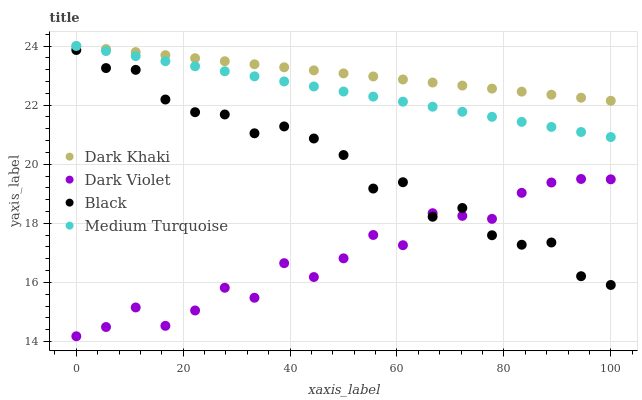
| xaxis_label | Dark Khaki | Dark Violet | Black | Medium Turquoise |
 | --- | --- | --- | --- | --- |
 | 0 | 24 | 14.2 | 23.9 | 24 |
 | 5.56 | 23.9 | 14.5 | 23.3 | 23.8 |
 | 11.1 | 23.8 | 15.2 | 23.2 | 23.7 |
 | 16.7 | 23.7 | 14.5 | 22.2 | 23.5 |
 | 22.2 | 23.6 | 15 | 21.8 | 23.3 |
 | 27.8 | 23.5 | 15.8 | 21.7 | 23.1 |
 | 33.3 | 23.4 | 15.5 | 21 | 23 |
 | 38.9 | 23.3 | 16.7 | 21.3 | 22.8 |
 | 44.4 | 23.2 | 16.2 | 20.9 | 22.6 |
 | 50 | 23.1 | 16.8 | 20.3 | 22.5 |
 | 55.6 | 23 | 17.6 | 19.2 | 22.3 |
 | 61.1 | 22.9 | 17.3 | 19.4 | 22.1 |
 | 66.7 | 22.8 | 18.3 | 18.2 | 21.9 |
 | 72.2 | 22.7 | 18.3 | 18.5 | 21.8 |
 | 77.8 | 22.6 | 18.2 | 17.6 | 21.6 |
 | 83.3 | 22.5 | 19 | 17.3 | 21.4 |
 | 88.9 | 22.4 | 19.4 | 17.4 | 21.3 |
 | 94.4 | 22.2 | 19.5 | 16.2 | 21.1 |
 | 100 | 22.1 | 19.5 | 15.9 | 20.9 |